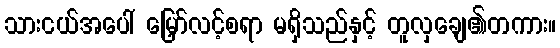
သားငယ်အပေါ် မြှော်လင့်စရာ မရှိသည်နှင့် တူလှချေ၏တကား။